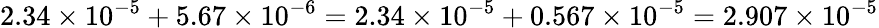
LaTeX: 2.34\times 10^{-5}+5.67\times 10^{-6}=2.34\times 10^{-5}+0.567\times 10^{-5}=2.907\times 10^{-5}